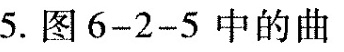
5.图6-2-5中的曲